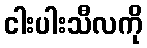
ငါးပါးသီလကို